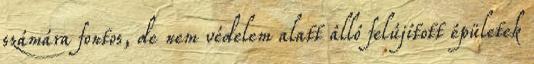
számára fontos, de nem védelem alatt álló felújított épületek